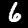
Digit: 6